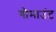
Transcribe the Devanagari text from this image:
गौमाउंट